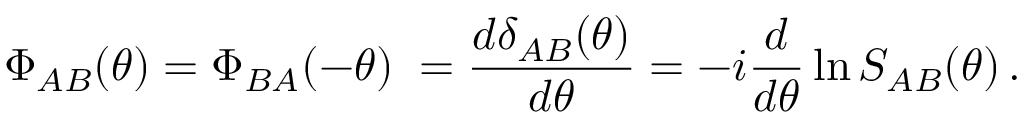
\Phi _ { A B } ( \theta ) = \Phi _ { B A } ( - \theta ) \; = \frac { d \delta _ { A B } ( \theta ) } { d \theta } = - i \frac { d } { d \theta } \ln S _ { A B } ( \theta ) \, .